Assam Mental Hospital (Tezpur, India) - 1933-1948
Year: 1933
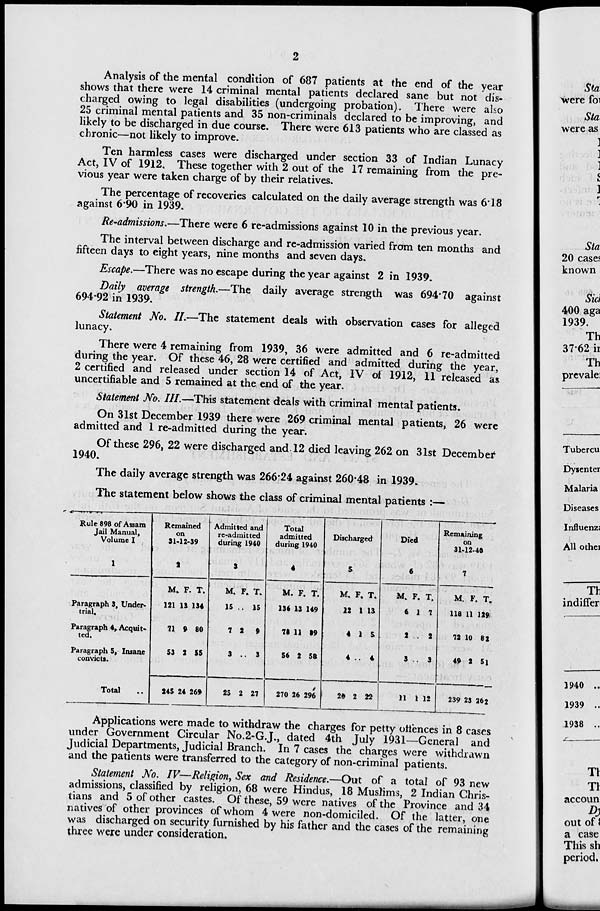
2
Analysis of the mental condition of 687 patients at the end of the year
shows that there were 14 criminal mental patients declared sane but not dis-
charged owing to legal disabilities (undergoing probation). There were also
25 criminal mental patients and 35 non-criminals declared to be improving, and
likely to be discharged in due course. There were 613 patients who are classed as
chronic—not likely to improve.
Ten harmless cases were discharged under section 33 of Indian Lunacy
Act, IV of 1912. These together with 2 out of the 17 remaining from the pre-
vious year were taken charge of by their relatives.
The percentage of recoveries calculated on the daily average strength was 6.18
against 6.90 in 1939.
Re-admissions.—There were 6 re-admissions against 10 in the previous year.
The interval between discharge and re-admission varied from ten months and
fifteen days to eight years, nine months and seven days.
Escape.—There was no escape during the year against 2 in 1939.
Daily average strength.—The daily average strength was 694.70 against
694.92 in 1939.
Statement No. II.—The statement deals with observation cases for alleged
lunacy.
There were 4 remaining from 1939, 36 were admitted and 6 re-admitted
during the year. Of these 46, 28 were certified and admitted during the year,
2 certified and released under section 14 of Act, IV of 1912, 11 released as
uncertifiable and 5 remained at the end of the year.
Statement No. III.—This statement deals with criminal mental patients.
On 31st December 1939 there were 269 criminal mental patients, 26 were
admitted and 1 re-admitted during the year.
Of these 296, 22 were discharged and 12 died leaving 262 on 31st December
1940.
The daily average strength was 266.24 against 260.48 in 1939.
The statement below shows the class of criminal mental patients :—
Rule 898 of Assam
Jail Manual,
Volume I
1
Paragraph 3, Under-
trial.
Paragraph 4, Acquit-
ted.
Paragraph 5, Insane
convicts.
Total ..
Remained
on
31-12-39
2
M.
121
71
53
245
F.
13
9
2
24
T.
134
80
55
269
Admitted and
re-admitted
during 1940
3
M.
15
7
3
25
F.
..
2
. .
2
T.
15
9
3
27
Total
admitted
during 1940
4
M.
136
78
56
270
F.
13
11
2
26
T.
149
89
58
296
Discharged
5
M.
12
4
4
20
F.
1
1
..
2
T.
13
5
4
22
Died
6
M.
6
2
3
11
F.
1
..
..
1
T.
7
2
3
12
Remaining
on
31-12-40
7
M.
118
72
49
239
F.
11
10
2
23
T.
129
82
51
262
Applications were made to withdraw the charges for petty offences in 8 cases
under Government Circular No.2-G.J., dated 4th July 1931—General and
Judicial Departments, Judicial Branch. In 7 cases the charges were withdrawn
and the patients were transferred to the category of non-criminal patients.
Statement No. IV—Religion, Sex and Residence.—Out of a total of 93 new
admissions, classified by religion, 68 were Hindus, 18 Muslims, 2 Indian Chris-
tians and 5 of other castes. Of these, 59 were natives of the Province and 34
natives of other provinces of whom 4 were non-domiciled. Of the latter, one
was discharged on security furnished by his father and the cases of the remaining
three were under consideration.